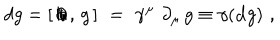
d g = [ \, \partial \kern - 0 . 5 e m / \, , \, g \, ] \, \, = \, \, \gamma ^ { \mu } \, \, \partial _ { \mu } \, g \equiv \gamma ( { \bf d } g ) \, \, ,